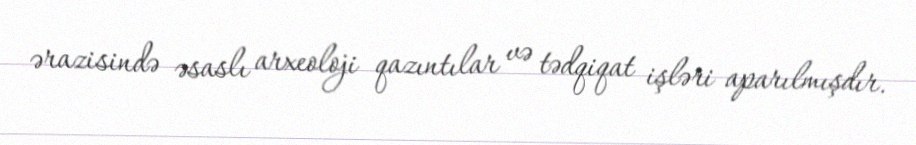
ərazisində əsaslı arxeoloji qazıntılar və tədqiqat işləri aparılmışdır.